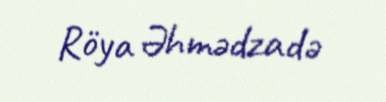
Röya Əhmədzadə